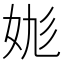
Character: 𡛪